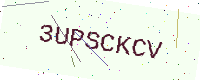
Text: 3UPSCKCV